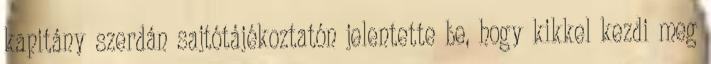
kapitány szerdán sajtótájékoztatón jelentette be, hogy kikkel kezdi meg